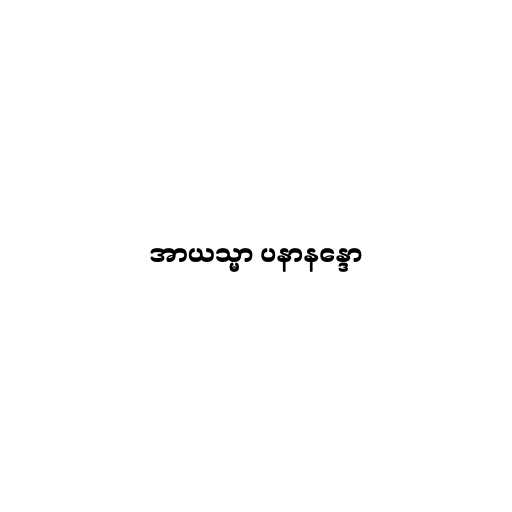
အာယသ္မာ ပနာနန္ဒော